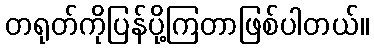
တရုတ်ကိုပြန်ပို့ကြတာဖြစ်ပါတယ်။